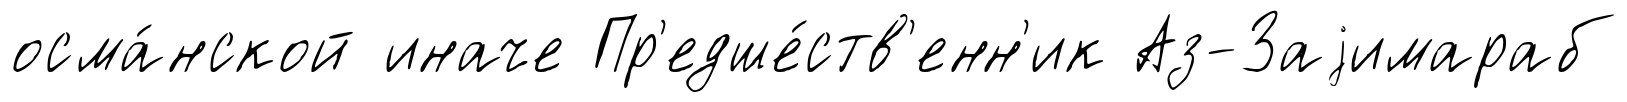
осма́нской иначе Пр'едше́ств'енн'ик Аз-Заjимараб